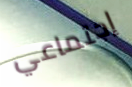
إجتماعي